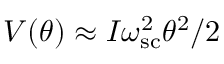
V ( \theta ) \approx I \omega _ { \mathrm { s c } } ^ { 2 } \theta ^ { 2 } / 2